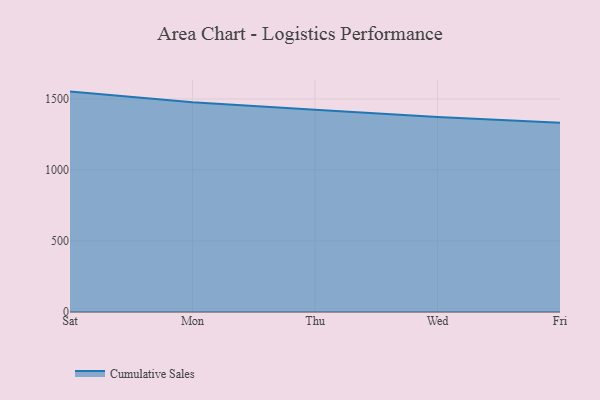
{"axis": {"x": "Day", "y": "Temperature (°C)"}, "legend": ["Cumulative Sales"], "data": [{"x": "Sat", "y": 1551.7, "type": "Cumulative Sales"}, {"x": "Mon", "y": 1476.6, "type": "Cumulative Sales"}, {"x": "Thu", "y": 1424.6, "type": "Cumulative Sales"}, {"x": "Wed", "y": 1373.0, "type": "Cumulative Sales"}, {"x": "Fri", "y": 1332.3, "type": "Cumulative Sales"}]}